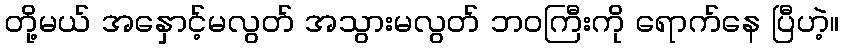
တို့မယ် အနှောင့်မလွတ် အသွားမလွတ် ဘဝကြီးကို ရောက်နေ ပြီဟဲ့။